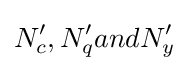
N'_{c},N'_{q}andN'_{y}